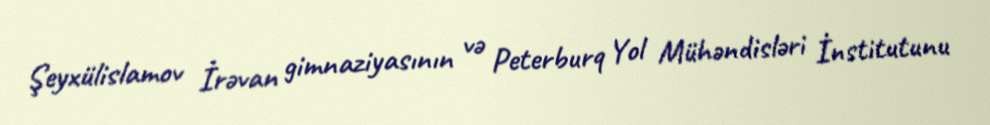
Şeyxülislamov İrəvan gimnaziyasının və Peterburq Yol Mühəndisləri İnstitutunu